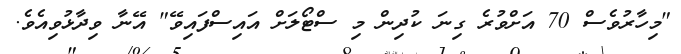
"މިހާރުވެސް 70 އަށްވުރެ ގިނަ ކުދިން މި ސްޓޯލަށް އައިސްފައިވޭ" އޭނާ ވިދާޅުވިއެވެ.